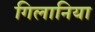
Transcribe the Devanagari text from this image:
गिलानिया